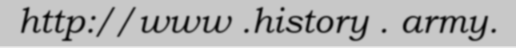
http://www .history . army.